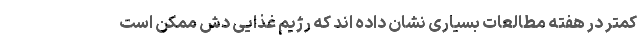
کمتر در هفته مطالعات بسیاری نشان داده اند که رژیم غذایی دش ممکن است